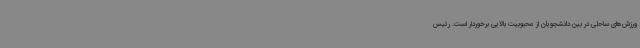
ورزش‌های ساحلی در بین دانشجویان از محبوبیت بالایی برخوردار است. رئیس